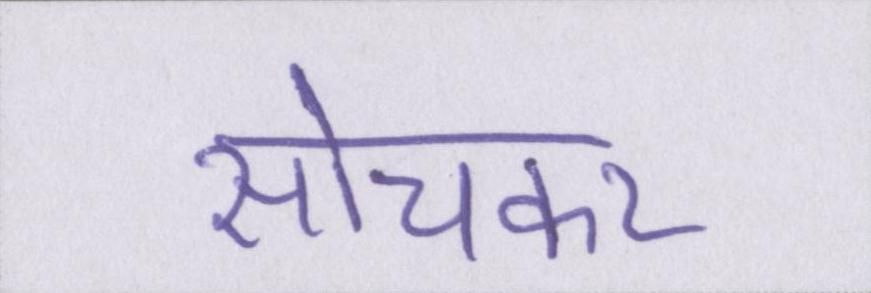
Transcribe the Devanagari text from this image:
सोचकर